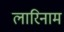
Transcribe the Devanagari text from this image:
लारिनाम